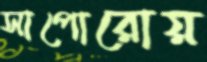
সাপোরোয়